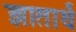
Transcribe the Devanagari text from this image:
ज्ञातार्थं